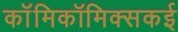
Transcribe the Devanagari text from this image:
काॅमिकॉमिक्सकई